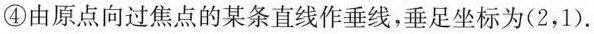
④由原点向过焦点的某条直线作垂线，垂足坐标为（2，1）.